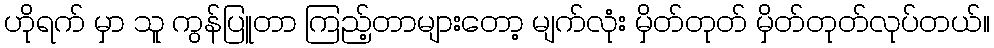
ဟိုရက် မှာ သူ ကွန်ပြူတာ ကြည့်တာများတော့ မျက်လုံး မှိတ်တုတ် မှိတ်တုတ်လုပ်တယ်။